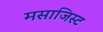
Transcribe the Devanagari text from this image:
मसाजिस्ट